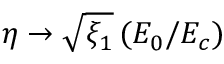
\eta \rightarrow \sqrt { \xi _ { 1 } } \, ( E _ { 0 } / E _ { c } )